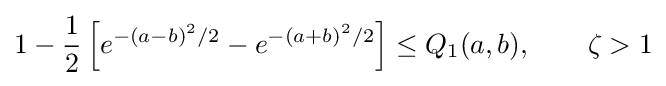
1-{\frac {1}{2}}\left[e^{-(a-b)^{2}/2}-e^{-(a+b)^{2}/2}\right]\leq Q_{1}(a,b),\qquad \zeta >1